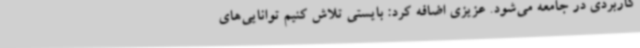
کاربردی در جامعه می‌شود. عزیزی اضافه کرد: بایستی تلاش کنیم توانایی‌های